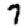
Digit: 7